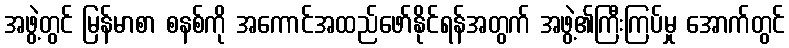
အဖွဲ့တွင် မြန်မာစာ စနစ်ကို အကောင်အထည်ဖော်နိုင်ရန်အတွက် အဖွဲ့၏ကြီးကြပ်မှု အောက်တွင်